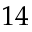
1 4